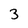
Character: 3